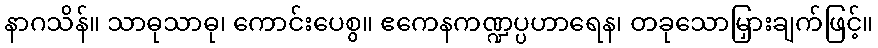
နာဂသိန်။ သာဓုသာဓု၊ ကောင်းပေစွ။ ဧကေနကဏ္ဍပ္ပဟာရေန၊ တခုသောမြှားချက်ဖြင့်။